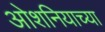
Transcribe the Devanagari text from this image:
ओशनियाच्या